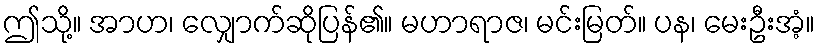
ဤသို့။ အာဟ၊ လျှောက်ဆိုပြန်၏။ မဟာရာဇ၊ မင်းမြတ်။ ပန၊ မေးဦးအံ့။